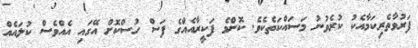
ފަރުވާތެރިކަމާއެކު ކުރެވުނު މަސައްކަތެކެވެ. ކޮންމެ ފަކީރާއެއްގެ ފަސް ހުސްކޮށް އޭގައި އެއްވެސް ކުލައެއް